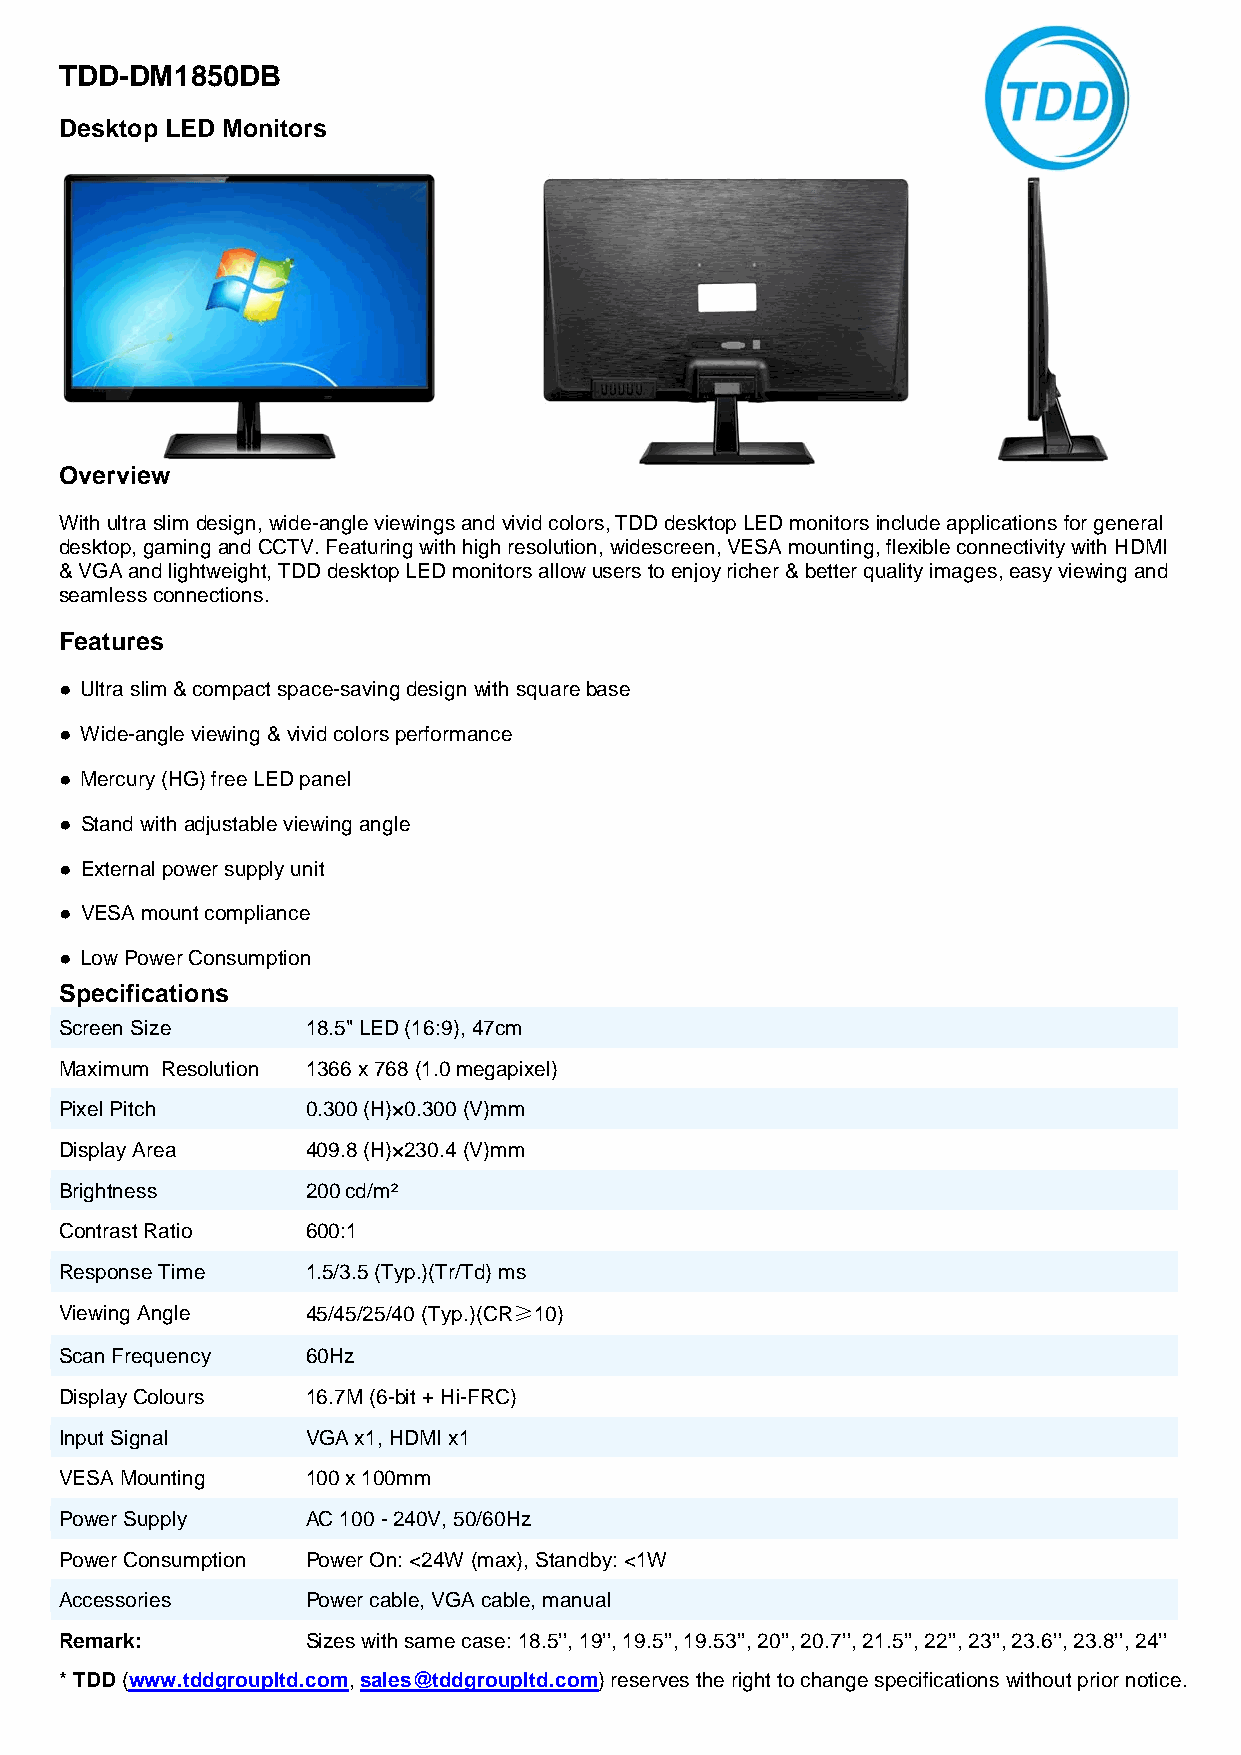
TDD-DM1850DB
 Desktop LED Monitors
 Overview
 With ultra slim design, wide-angle viewings and vivid colors, TDD desktop LED monitors include applications for general
 desktop, gaming and CCTV. Featuring with high resolution, widescreen, VESA mounting, flexible connectivity with HDMI
 & VGA and lightweight, TDD desktop LED monitors allow users to enjoy richer & better quality images, easy viewing and
 seamless connections.
 Features
 ● Ultra slim & compact space-saving design with square base
 ● Wide-angle viewing & vivid colors performance
 ● Mercury (HG) free LED panel
 ● Stand with adjustable viewing angle
 ● External power supply unit
 ● VESA mount compliance
 ● Low Power Consumption
 Specifications
 Screen Size     18.5" LED (16:9), 47cm
 Maximum Resolution 1366 x 768 (1.0 megapixel)
 Pixel Pitch     0.300 (H)×0.300 (V)mm
 Display Area    409.8 (H)×230.4 (V)mm
 Brightness      200 cd/m²
 Contrast Ratio  600:1
 Response Time   1.5/3.5 (Typ.)(Tr/Td) ms
 Viewing Angle   45/45/25/40 (Typ.)(CR≥10)
 Scan Frequency  60Hz
 Display Colours 16.7M (6-bit + Hi-FRC)
 Input Signal    VGA x1, HDMI x1
 VESA Mounting   100 x 100mm
 Power Supply    AC 100 - 240V, 50/60Hz
 Power Consumption Power On: <24W (max), Standby: <1W
 Accessories     Power cable, VGA cable, manual
 Remark:         Sizes with same case: 18.5’’, 19’’, 19.5’’, 19.53’’, 20’’, 20.7’’, 21.5’’, 22’’, 23’’, 23.6’’, 23.8’’, 24’’
 * TDD (www.tddgroupltd.com, sales@tddgroupltd.com) reserves the right to change specifications without prior notice.